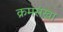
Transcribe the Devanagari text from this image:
क्रमसंखा